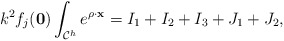
\begin{align*}k^2f_j(\mathbf 0)\int_{\mathcal C^h}e^{\rho \cdot \mathbf x}=I_1+I_2+I_3+J_1+J_2,\end{align*}